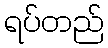
ရပ်တည်